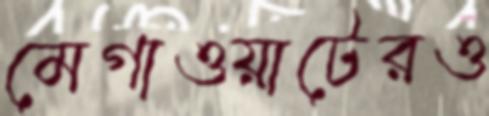
মেগাওয়াটেরও